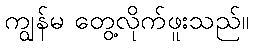
ကျွန်မ တွေ့လိုက်ဖူးသည်။